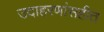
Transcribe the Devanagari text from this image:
उदाहरणांसहीत